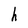
Character: h